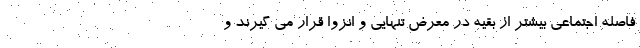
فاصله اجتماعی بیشتر از بقیه در معرض تنهایی و انزوا قرار می گیرند و